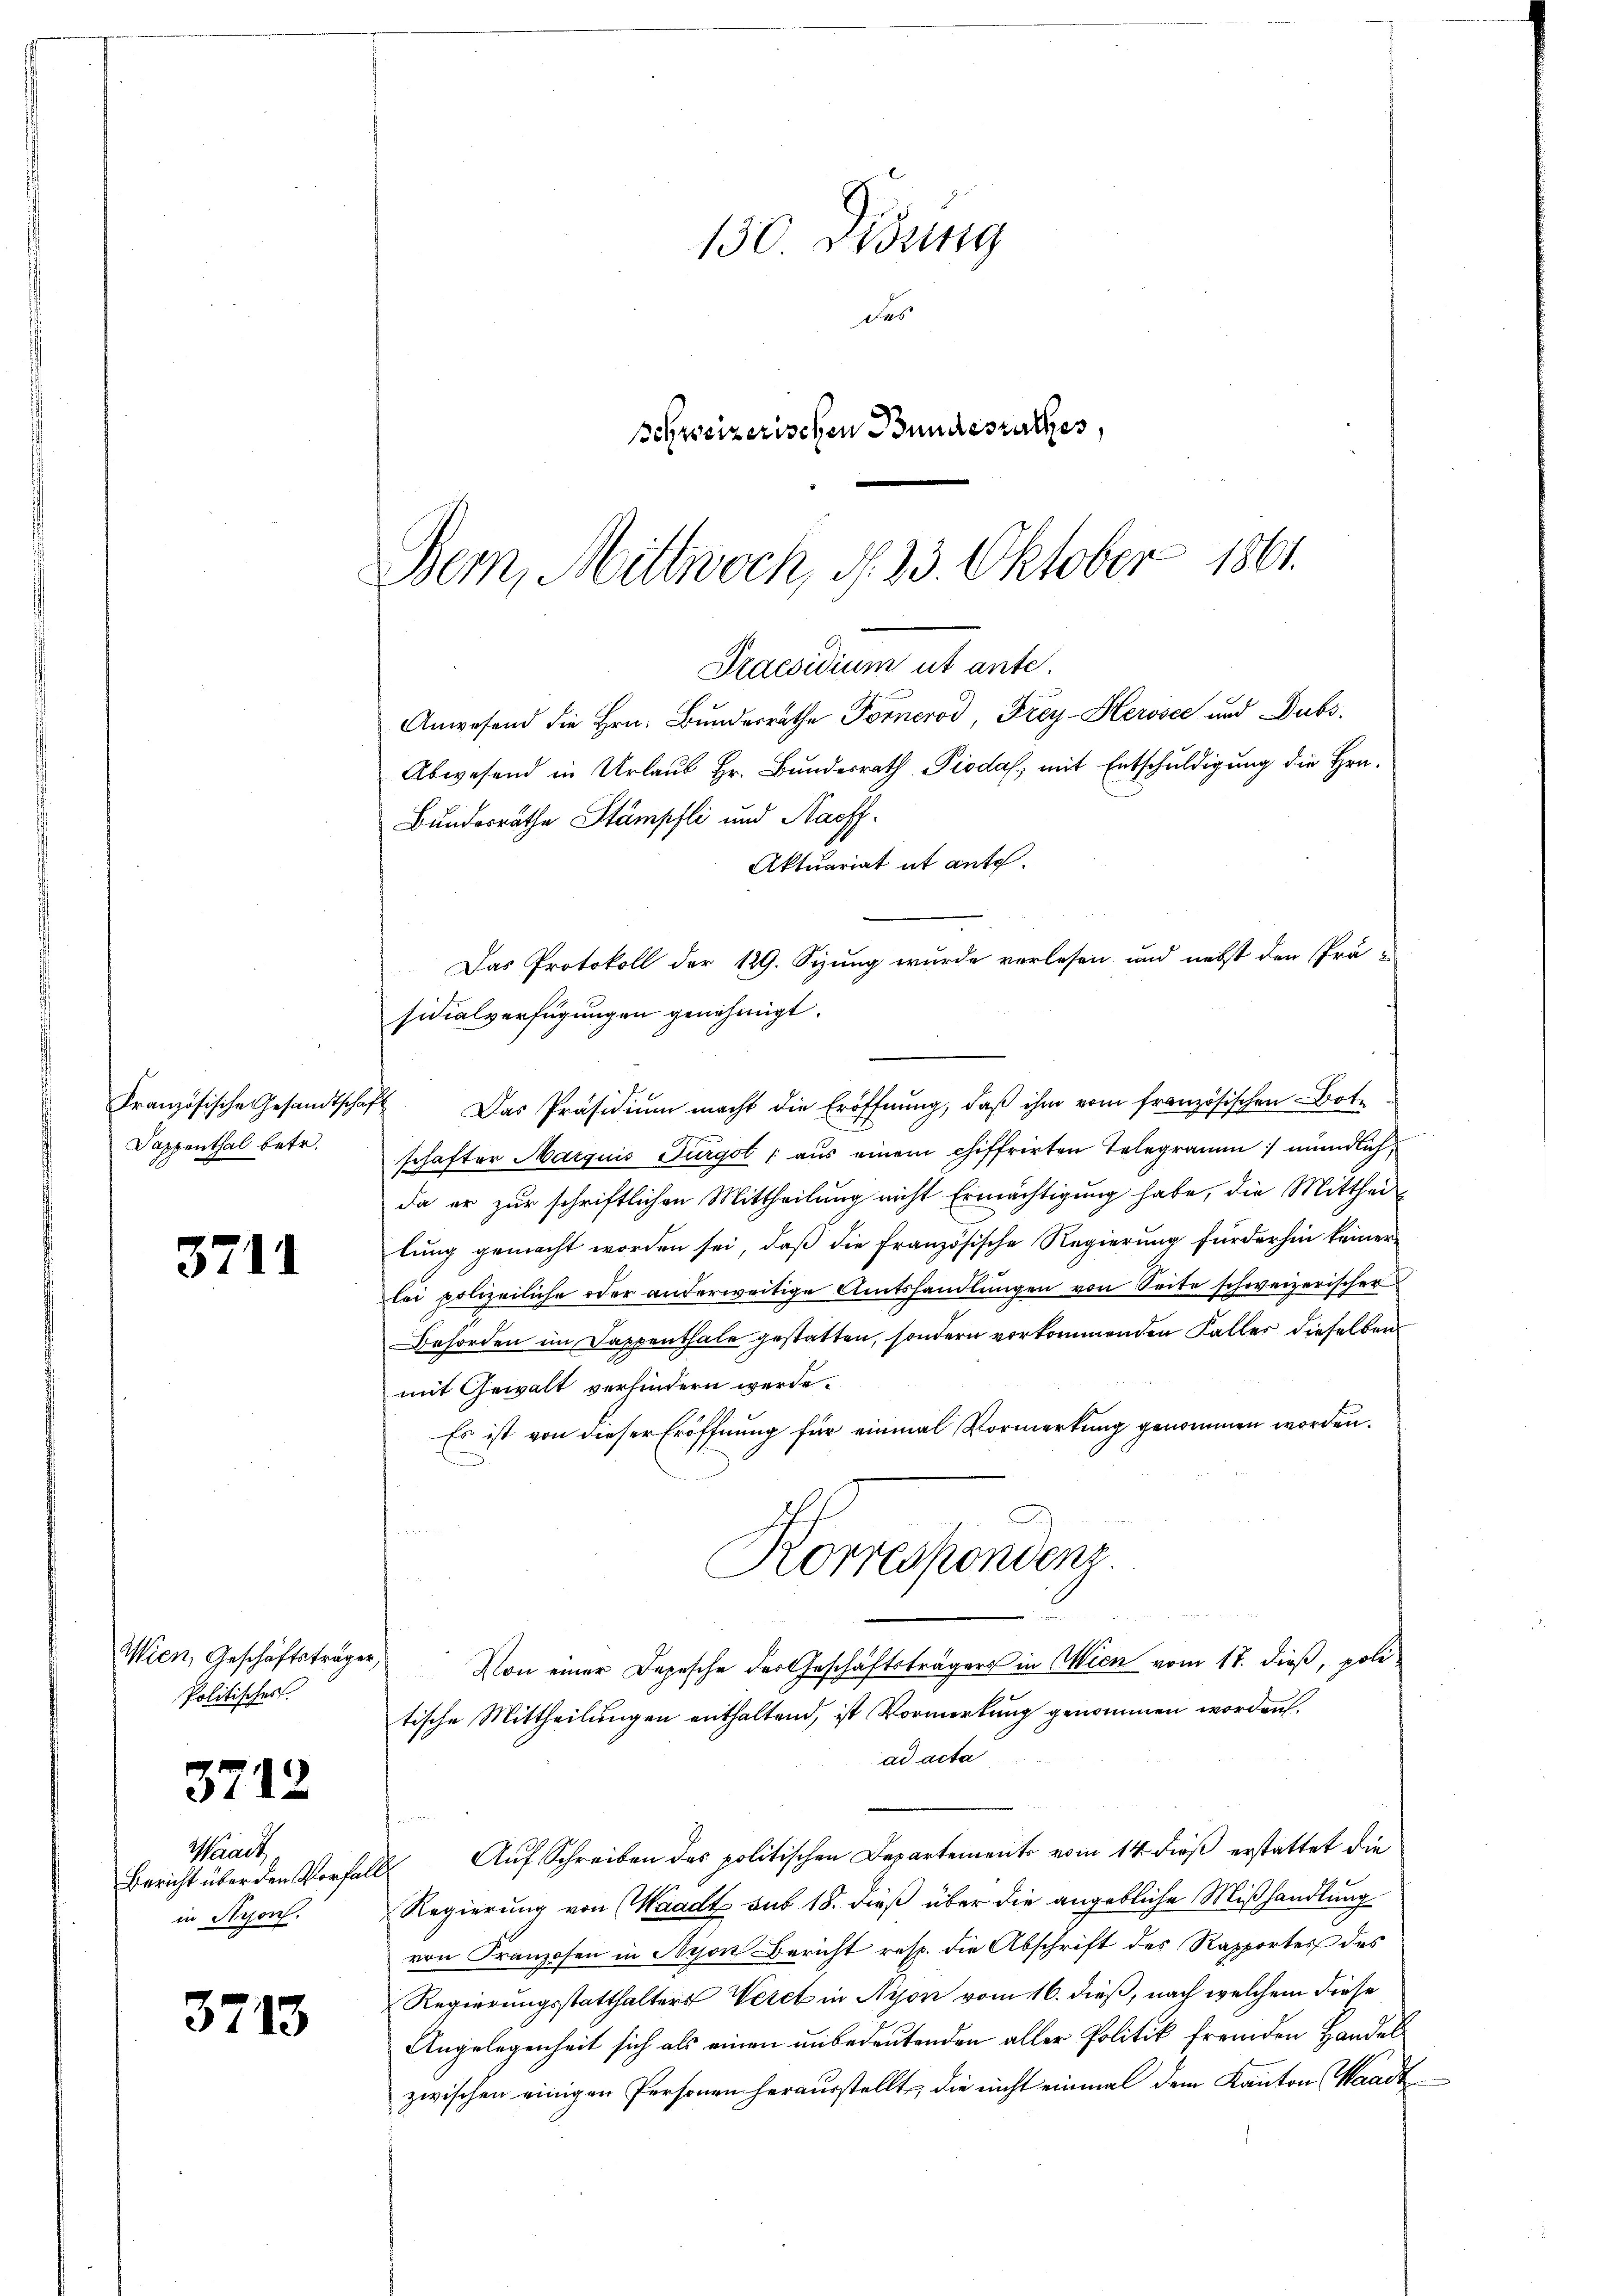
3711

Wien, Geschäftsträgen
Politisches

3712

3713

Französische Gesandtsch
Sappenthal betr.

Waadt
Bericht über den Vorfa
in Kron.

130 Didung
des
schweizerischen Bundeszuckes,

Bern, Mittwoch, d. 23. Oktober 1861.
Praesidium ut ante.
Anwesend die Hrn. Bundesrathe Fornerod, Frey-Herose und Dubs,
Abwesend in Urlaub Hr. Bundesrath Pioda, mit Entschuldigung die Hrn.
Bundesräthe Stämpfli und Naoff¬
Aktuariat it ante.
Das Protokoll der 129. Sizung wurde verlesen und nebst den Prä-
sidialverfügungen genehmigt.

4 Das Präsidiŭm macht die Eröffnŭng, daβ ihm vom französischen Bote
schafter Marquis Furgot  aus einem chiffrirten Telegramm mündlich,
da er zur schriftlichen Mittheilung nicht Ermächtigung habe, die Mittheil
lung gemacht worden sei, daß die französische Regierung fürderhin keiner
lei polizeiliche oder anderweitige Amtshandlungen von Seite schweizerischer
Behörden im Dappenthale gestatten, sondern vorkommenden Faller dieselben
mit Gewalt verhindern werde.
Es ist von dieser Eröffnung für einmal Vormerkung genommen worden.
Korrespondens
d
) Von einer Depesche der Geschäftsträgers in Wien vom 17. dieß, poli
tische Mittheilungen enthaltend, ist Vormerkung genommen worden.
ad acta
.
Auf Schreiben des politischen Departements vom 14. dieß erstattet die
f
Regierung von Waadt sub 18. dieß über die angebliche Mißhandlung
von Franzosen in Nyon Bericht resp. die Abschrift des Rapportes des
Regierungsstatthalters Veret in Nyon vom 16. dieß, nach welchem diese
Angelegenheit sich als einen unbedeutenden aller Politik fremden Handel
zwischen einigen Personen herausstellt, die nicht einmal dem Kanton Waadt